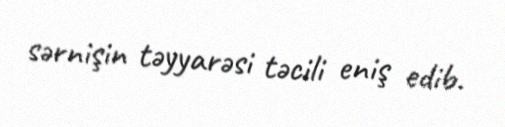
sərnişin təyyarəsi təcili eniş edib.